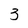
Character: 3